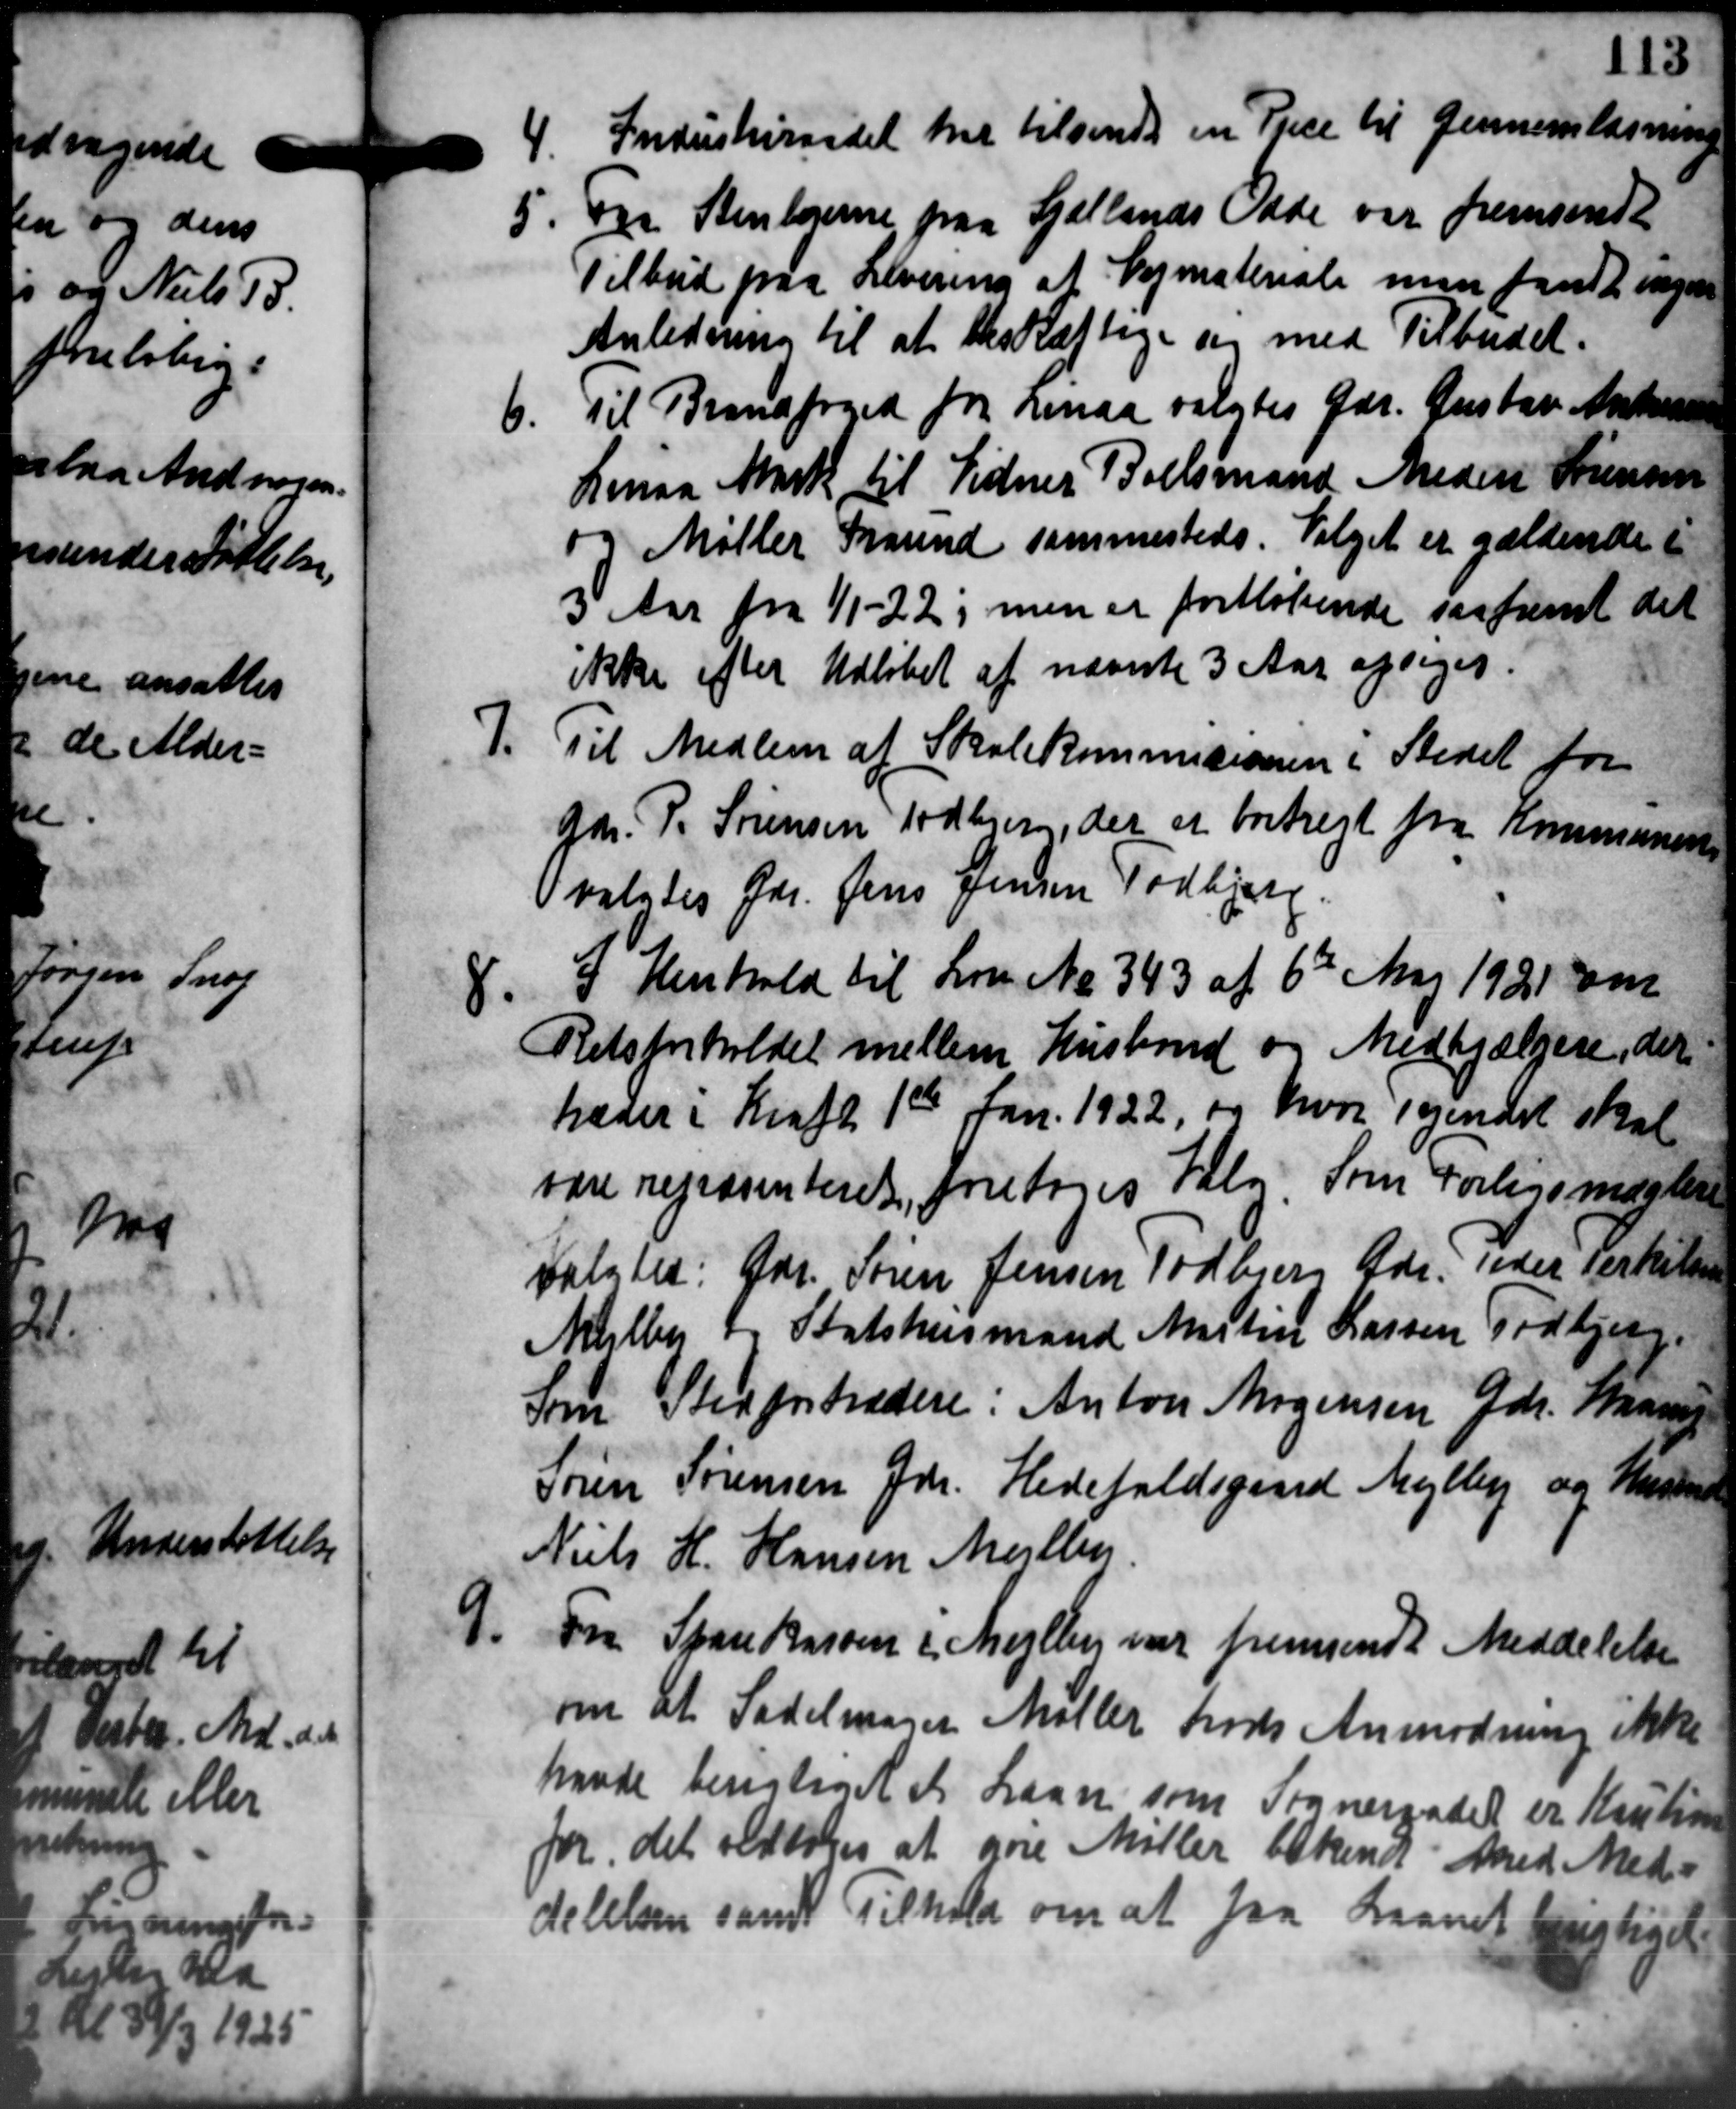
Transskription:
4.
Industeraadet har tilsendt en Price til Gennemlægning
5. Fra Stenlejerne paa Sjællands Odde var fremsendt
5. Fra Stenlejerne paa Sjællands Odde var fremsendt
Tilbud paa Levering af Vejmateriale man fandt ingen
Anledning til at beskæftige og med Tilbudet.
6.
Til Brandfoged for Linaa valgtes Gdr. Gustav Andersen
Linaa Mark til Vidner Boelsmand Anders Sørensen
og Møller Tround sammesteds. Valget er gældende i
3 Aar fra 1/1 - 22; men er foreløbende saafremt det
ikke efter Udløbet af nævnte 3 Aar opsiges.
Til Medlem af Skolekommisionen i Stedet for

Gdr. P. Sørensen Todbjerg, der er bortregt fra Kommunens
valgtes Gdr. Jens Jensen Todbjerg.
I Henhold til Lov No 343 af 6te Maj 1921 om
.
Retsforholdet mellem Hustrud og Medhjælpere, der
hæder i Kraft 1ste Jan. 1922, og hvor Teindet skal
være repræsenteret foretoges Valg. Som Forligsmæstene
valgtes: Gdr. Søren Jensen Todbjerg Gdr. Peder Terkelsen
Mejlby f. Statshusmand Kristin Larsen Todbjerg
Som Stedfortrædere: Anton Mogensen Gdr. Maarup
Søren Sørensen Gdr. Hedefaldsgaard Mejlby og Hustens
Niels H. Hansen Mejlby
Fra Sparekassen i Mejlby var fremsendt Meddelelse

om at Sadelmager Møller trods Anmodning ikke
havde berigtiget et Laan som Sogneraadet er Kaution
for det vedtoges at gøre Møller bekendt med Med-
delelsen samt Tilhold om at faa Laanet berigtiget